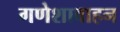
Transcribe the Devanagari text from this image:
गणेशावाहन